Black-water fever - Number 35
Disease focus: Fever
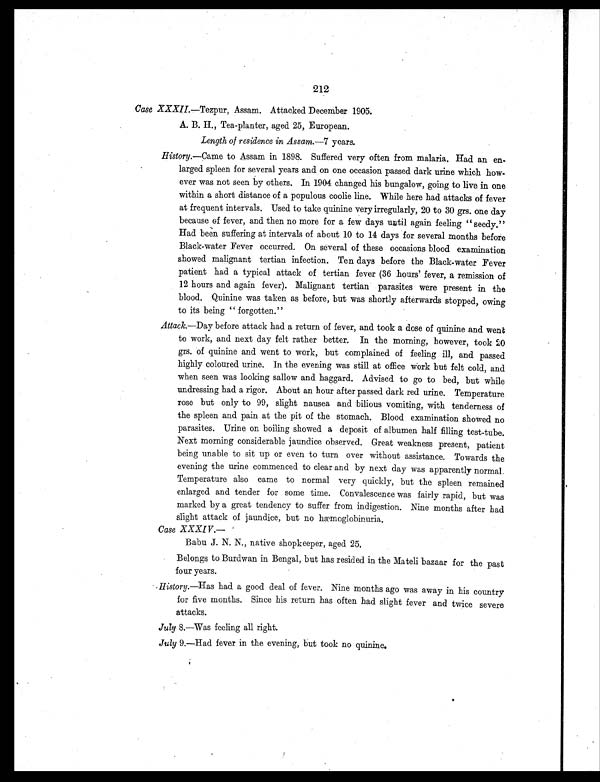
212
Case XXXII. —Tezpur, Assam. Attacked December 1905.
A. B. H., Tea-planter, aged 25, European.
Length of residence in Assam.—7 years.
History. —Came to Assam in 1898. Suffered very often from malaria. Had an en-
larged spleen for several years and on one occasion passed dark urine which how-
ever was not seen by others. In 1904 changed his bungalow, going to live in one
within a short distance of a populous coolie line. While here had attacks of fever
at frequent intervals. Used to take quinine very irregularly, 20 to 30 grs. one day
because of fever, and then no more for a few days until again feeling " seedy."
Had been suffering at intervals of about 10 to 14 days for several months before
Black-water Fever occurred. On several of these occasions blood examination
showed malignant tertian infection. Ten days before the Black-water Fever
patient had a typical attack of tertian fever (36 hours' fever, a remission of
12 hours and again fever). Malignant tertian parasites were present in the
blood. Quinine was taken as before, but was shortly afterwards stopped, owing
to its being " forgotten."
Attack.—Day before attack had a return of fever, and took a dose of quinine and went
to work, and next day felt rather better. In the morning, however, took 20
grs. of quinine and went to work, but complained of feeling ill, and passed
highly coloured urine. In the evening was still at office work but felt cold, and
when seen was looking sallow and haggard. Advised to go to bed, but while
undressing had a rigor. About an hour after passed dark red urine. Temperature
rose but only to 99, slight nausea and bilious vomiting, with tenderness of
the spleen and pain at the pit of the stomach. Blood examination showed no
parasites. Urine on boiling showed a deposit of albumen half filling test-tube.
Next morning considerable jaundice observed. Great weakness present, patient
being unable to sit up or even to turn over without assistance. Towards the
evening the urine commenced to clear and by next day was apparently normal.
Temperature also came to normal very quickly, but the spleen remained
enlarged and tender for some time. Convalescence was fairly rapid, but was
marked by a great tendency to suffer from indigestion. Nine months after had
slight attack of jaundice, but no hæmoglobinuria.
Case XXXIV.—
Babu J. N. N., native shopkeeper, aged 25.
Belongs to Burdwan in Bengal, but has resided in the Mateli bazaar for the past
four years.
History. —Has had a good deal of fever. Nine months ago was away in his country
for five months. Since his return has often had slight fever and twice severe
attacks.
July 8.—Was feeling all right.
July 9.—Had fever in the evening, but took no quinine.